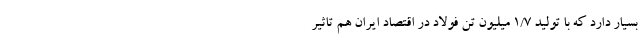
بسیار دارد که با تولید ۱/۷ میلیون تن فولاد در اقتصاد ایران هم تاثیر